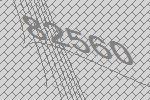
82560